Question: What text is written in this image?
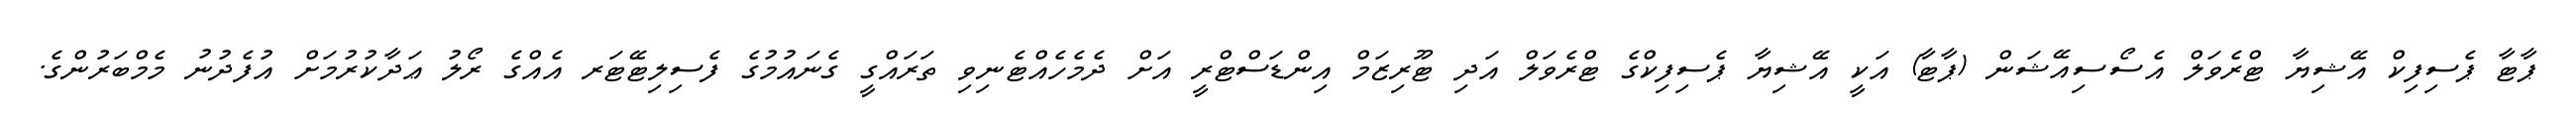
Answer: ޕާޓާ ޕެސިފިކް އޭޝިޔާ ޓްރެވަލް އެސޯސިއޭޝަން (ޕާޓާ) އަކީ އޭޝިޔާ ޕެސިފިކްގެ ޓްރެވަލް އަދި ޓޫރިޒަމް އިންޑަސްޓްރީ އަށް ދެމެހެއްޓެނިވި ތަރައްގީ ގެނައުމުގެ ފެސިލިޓޭޓަރ އެއްގެ ރޯލު ޢަދާކުރުމަށް އުފެދުނު މެމްބަރުންގެ.